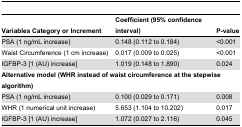
<table><thead><tr><td><b>Variables Category or Increment</b></td><td><b>Coefficient (95% confidence interval)</b></td><td><b>P-value</b></td></tr></thead><tbody><tr><td>PSA (1 ng/mL increase)</td><td>0.148 (0.112 to 0.184)</td><td>&lt;0.001</td></tr><tr><td>Waist Circumference (1 cm increase)</td><td>0.017 (0.009 to 0.025)</td><td>&lt;0.001</td></tr><tr><td>IGFBP-3 [1 (AU) increase]</td><td>1.019 (0.148 to 1.890)</td><td>0.024</td></tr><tr><td colspan="3"><b>Alternative model (WHR instead of waist circumference at the stepwise algorithm)</b></td></tr><tr><td>PSA (1 ng/mL increase)</td><td>0.100 (0.029 to 0.171)</td><td>0.008</td></tr><tr><td>WHR (1 numerical unit increase)</td><td>5.653 (1.104 to 10.202)</td><td>0.017</td></tr><tr><td>IGFBP-3 [1 (AU) increase]</td><td>1.072 (0.027 to 2.116)</td><td>0.045</td></tr></tbody></table>